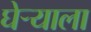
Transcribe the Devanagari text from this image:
घेऱ्याला